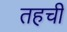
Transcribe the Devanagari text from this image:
तहची